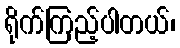
ရိုက်ကြည့်ပါတယ်၊